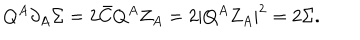
Q ^ { A } \partial _ { A } \Sigma = 2 \bar { C } Q ^ { A } Z _ { A } = 2 | Q ^ { A } Z _ { A } | ^ { 2 } = 2 \Sigma .